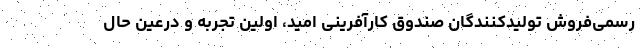
رسمی‌فروش تولیدکنندگان صندوق کارآفرینی امید، اولین تجربه و درعین حال